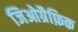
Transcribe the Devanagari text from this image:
जिओग्रैफ़िक